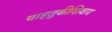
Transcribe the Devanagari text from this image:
वाहतुकीशिवाय